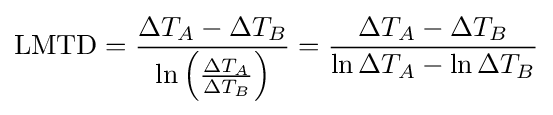
\mathrm {LMTD} ={\frac {\Delta T_{A}-\Delta T_{B}}{\ln \left({\frac {\Delta T_{A}}{\Delta T_{B}}}\right)}}={\frac {\Delta T_{A}-\Delta T_{B}}{\ln \Delta T_{A}-\ln \Delta T_{B}}}